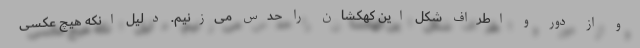
و از دور و اطراف شکل این کهکشان را حدس می‌زنیم. دلیل انکه هیچ عکسی